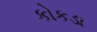
કોકડા